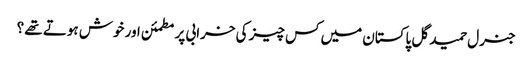
جنرل حمید گل پاکستان میں کس چیز کی خرابی پر مطمئن اور خوش ہوتے تھے ؟